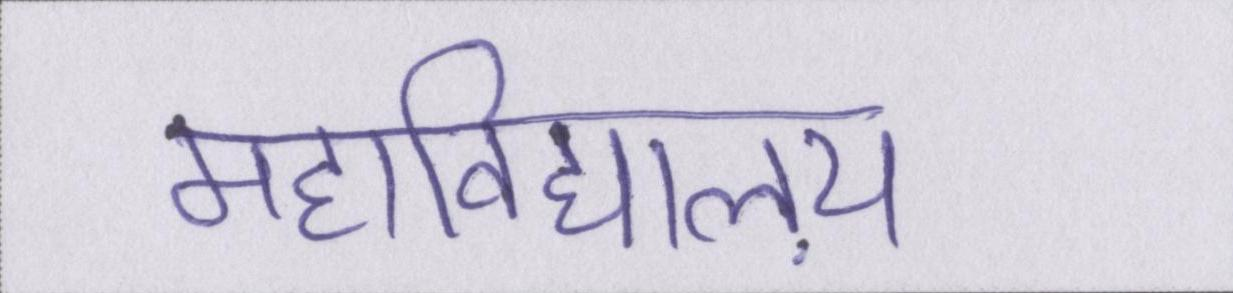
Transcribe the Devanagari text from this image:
महाविद्यालय़